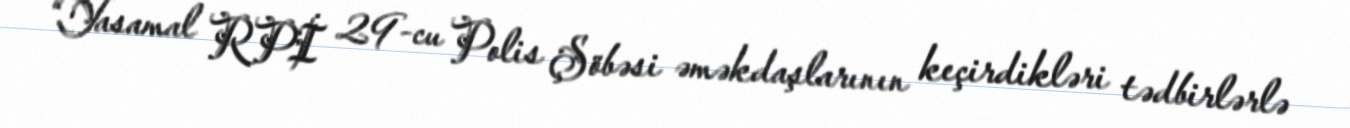
“Yasamal RPİ 29-cu Polis Şöbəsi əməkdaşlarının keçirdikləri tədbirlərlə